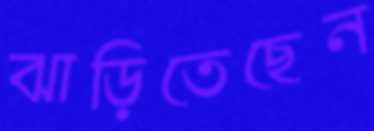
ঝাড়িতেছেন